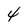
Character: 4